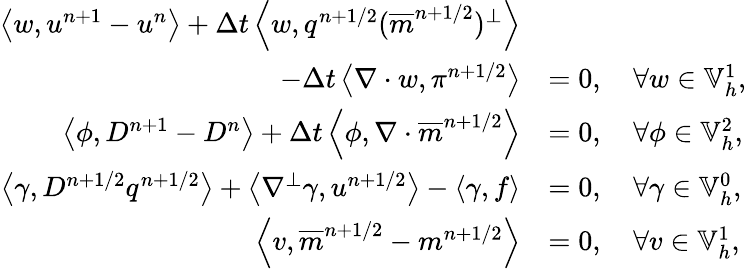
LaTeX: \begin{array}{rl}{\left\langle w,u^{n+1}-u^{n}\right\rangle+\Delta t\left\langle w,q^{n+1/2}(\overline{{m}}^{n+1/2})^{\perp}\right\rangle}&{}\\ {\qquad-\Delta t\left\langle\nabla\cdot w,\pi^{n+1/2}\right\rangle}&{=0,\quad\forall w\in\mathbb{V}_{h}^{1},}\\ {\left\langle\phi,D^{n+1}-D^{n}\right\rangle+\Delta t\left\langle\phi,\nabla\cdot\overline{{m}}^{n+1/2}\right\rangle}&{=0,\quad\forall\phi\in\mathbb{V}_{h}^{2},}\\ {\left\langle\gamma,D^{n+1/2}q^{n+1/2}\right\rangle+\left\langle\nabla^{\perp}\gamma,u^{n+1/2}\right\rangle-\left\langle\gamma,f\right\rangle}&{=0,\quad\forall\gamma\in\mathbb{V}_{h}^{0},}\\ {\left\langle v,\overline{{m}}^{n+1/2}-m^{n+1/2}\right\rangle}&{=0,\quad\forall v\in\mathbb{V}_{h}^{1},}\end{array}